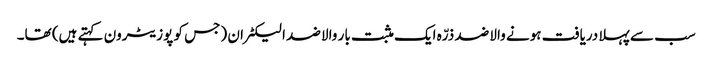
سب سے پہلا دریافت ہونے والا ضد ذرّہ ایک مثبت بار والا ضد الیکٹران (جس کو پوزیٹرون کہتے ہیں) تھا۔